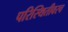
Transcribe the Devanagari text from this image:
परिस्थितीवरच